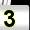
Digit: 3